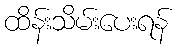
ထိန်းသိမ်းပေးရန်